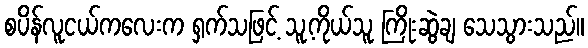
စပိန်လူငယ်ကလေးက ရှက်သဖြင့် သူ့ကိုယ်သူ ကြိုးဆွဲချ သေသွားသည်။